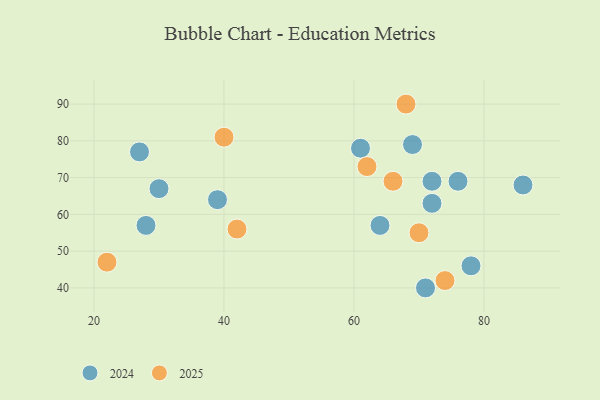
{"axis": {"x": "GDP", "y": "Life Expectancy"}, "legend": ["2024", "2025"], "data": [{"x": "71", "y": 40, "type": "2024"}, {"x": "61", "y": 78, "type": "2024"}, {"x": "78", "y": 46, "type": "2024"}, {"x": "76", "y": 69, "type": "2024"}, {"x": "39", "y": 64, "type": "2024"}, {"x": "86", "y": 68, "type": "2024"}, {"x": "64", "y": 57, "type": "2024"}, {"x": "72", "y": 63, "type": "2024"}, {"x": "69", "y": 79, "type": "2024"}, {"x": "30", "y": 67, "type": "2024"}, {"x": "28", "y": 57, "type": "2024"}, {"x": "72", "y": 69, "type": "2024"}, {"x": "27", "y": 77, "type": "2024"}, {"x": "74", "y": 42, "type": "2025"}, {"x": "22", "y": 47, "type": "2025"}, {"x": "68", "y": 90, "type": "2025"}, {"x": "70", "y": 55, "type": "2025"}, {"x": "66", "y": 69, "type": "2025"}, {"x": "40", "y": 81, "type": "2025"}, {"x": "42", "y": 56, "type": "2025"}, {"x": "62", "y": 73, "type": "2025"}]}